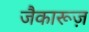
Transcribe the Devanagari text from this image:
जैकारूज़